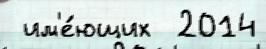
 им'е́ющих  2014